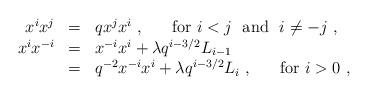
LaTeX: \begin{align*}\begin{array}{rcl}x^ix^j&=&qx^jx^i~,~~~~~{\rm for}~i<j~ ~{\rm and}~~i\not=-j~,\\x^ix^{-i}&=&x^{-i}x^i+\lambda q^{i-3/2}L_{i-1}\\ &=&q^{-2}x^{-i}x^i+\lambda q^{i-3/2}L_i~,~~~~~{\rm for}~i>0~,\end{array}\end{align*}